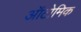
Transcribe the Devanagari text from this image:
ऑटोमिक